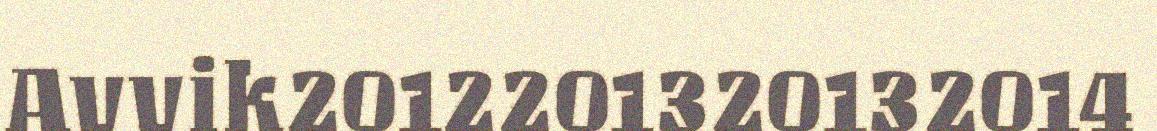
Avvik2012201320132014